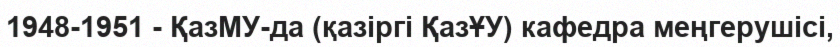
1948-1951 - ҚазМУ-да (қазіргі ҚазҰУ) кафедра меңгерушісі,